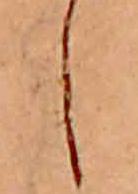
し